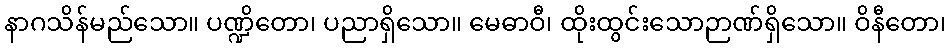
နာဂသိန်မည်သော။ ပဏ္ဍိတော၊ ပညာရှိသော။ မေဓာဝီ၊ ထိုးထွင်းသောဉာဏ်ရှိသော။ ဝိနီတော၊